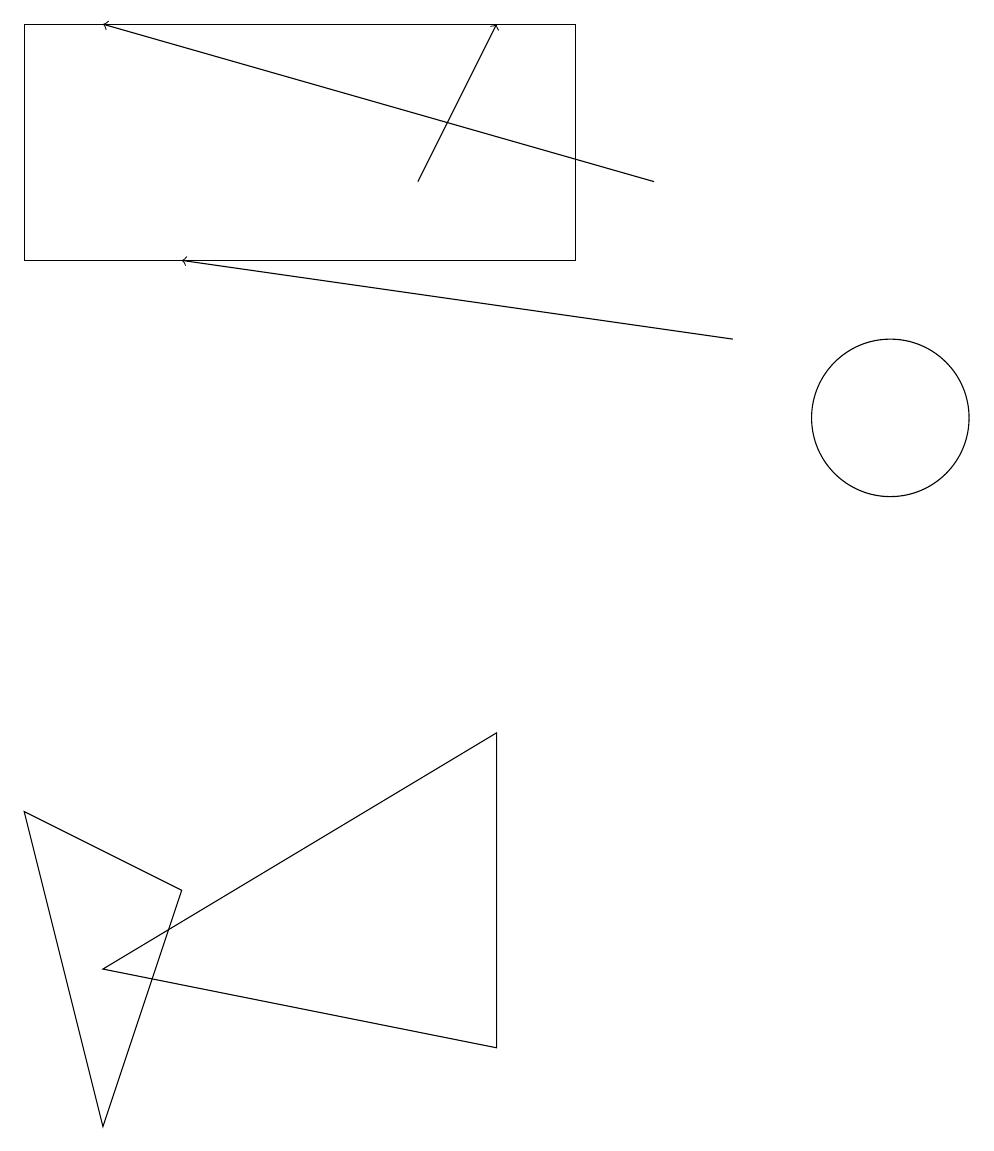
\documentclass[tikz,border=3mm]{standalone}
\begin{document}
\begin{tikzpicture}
\draw[->] (8,13) -- (1,15);
\draw (1,3) -- (6,2) -- (6,6) -- cycle;
\draw[->] (9,11) -- (2,12);
\draw (1,1) -- (2,4) -- (0,5) -- cycle;
\draw[->] (5,13) -- (6,15);
\draw (11,10) circle (1);
\draw (7,15) rectangle (0,12);
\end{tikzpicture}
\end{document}